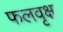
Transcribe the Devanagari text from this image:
फलवृक्ष